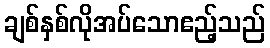
ချစ်နှစ်လိုအပ်သောဧည့်သည်